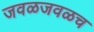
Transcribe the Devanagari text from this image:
जवळजवळच